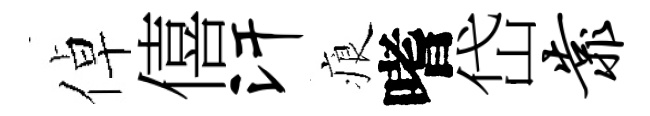
倬僖汗痕嗜岱靠